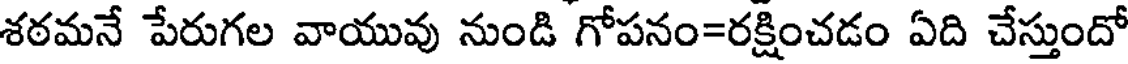
శఠమనే పేరుగల వాయువు నుండి గోపనం=రక్షించడం ఏది చేస్తుందో